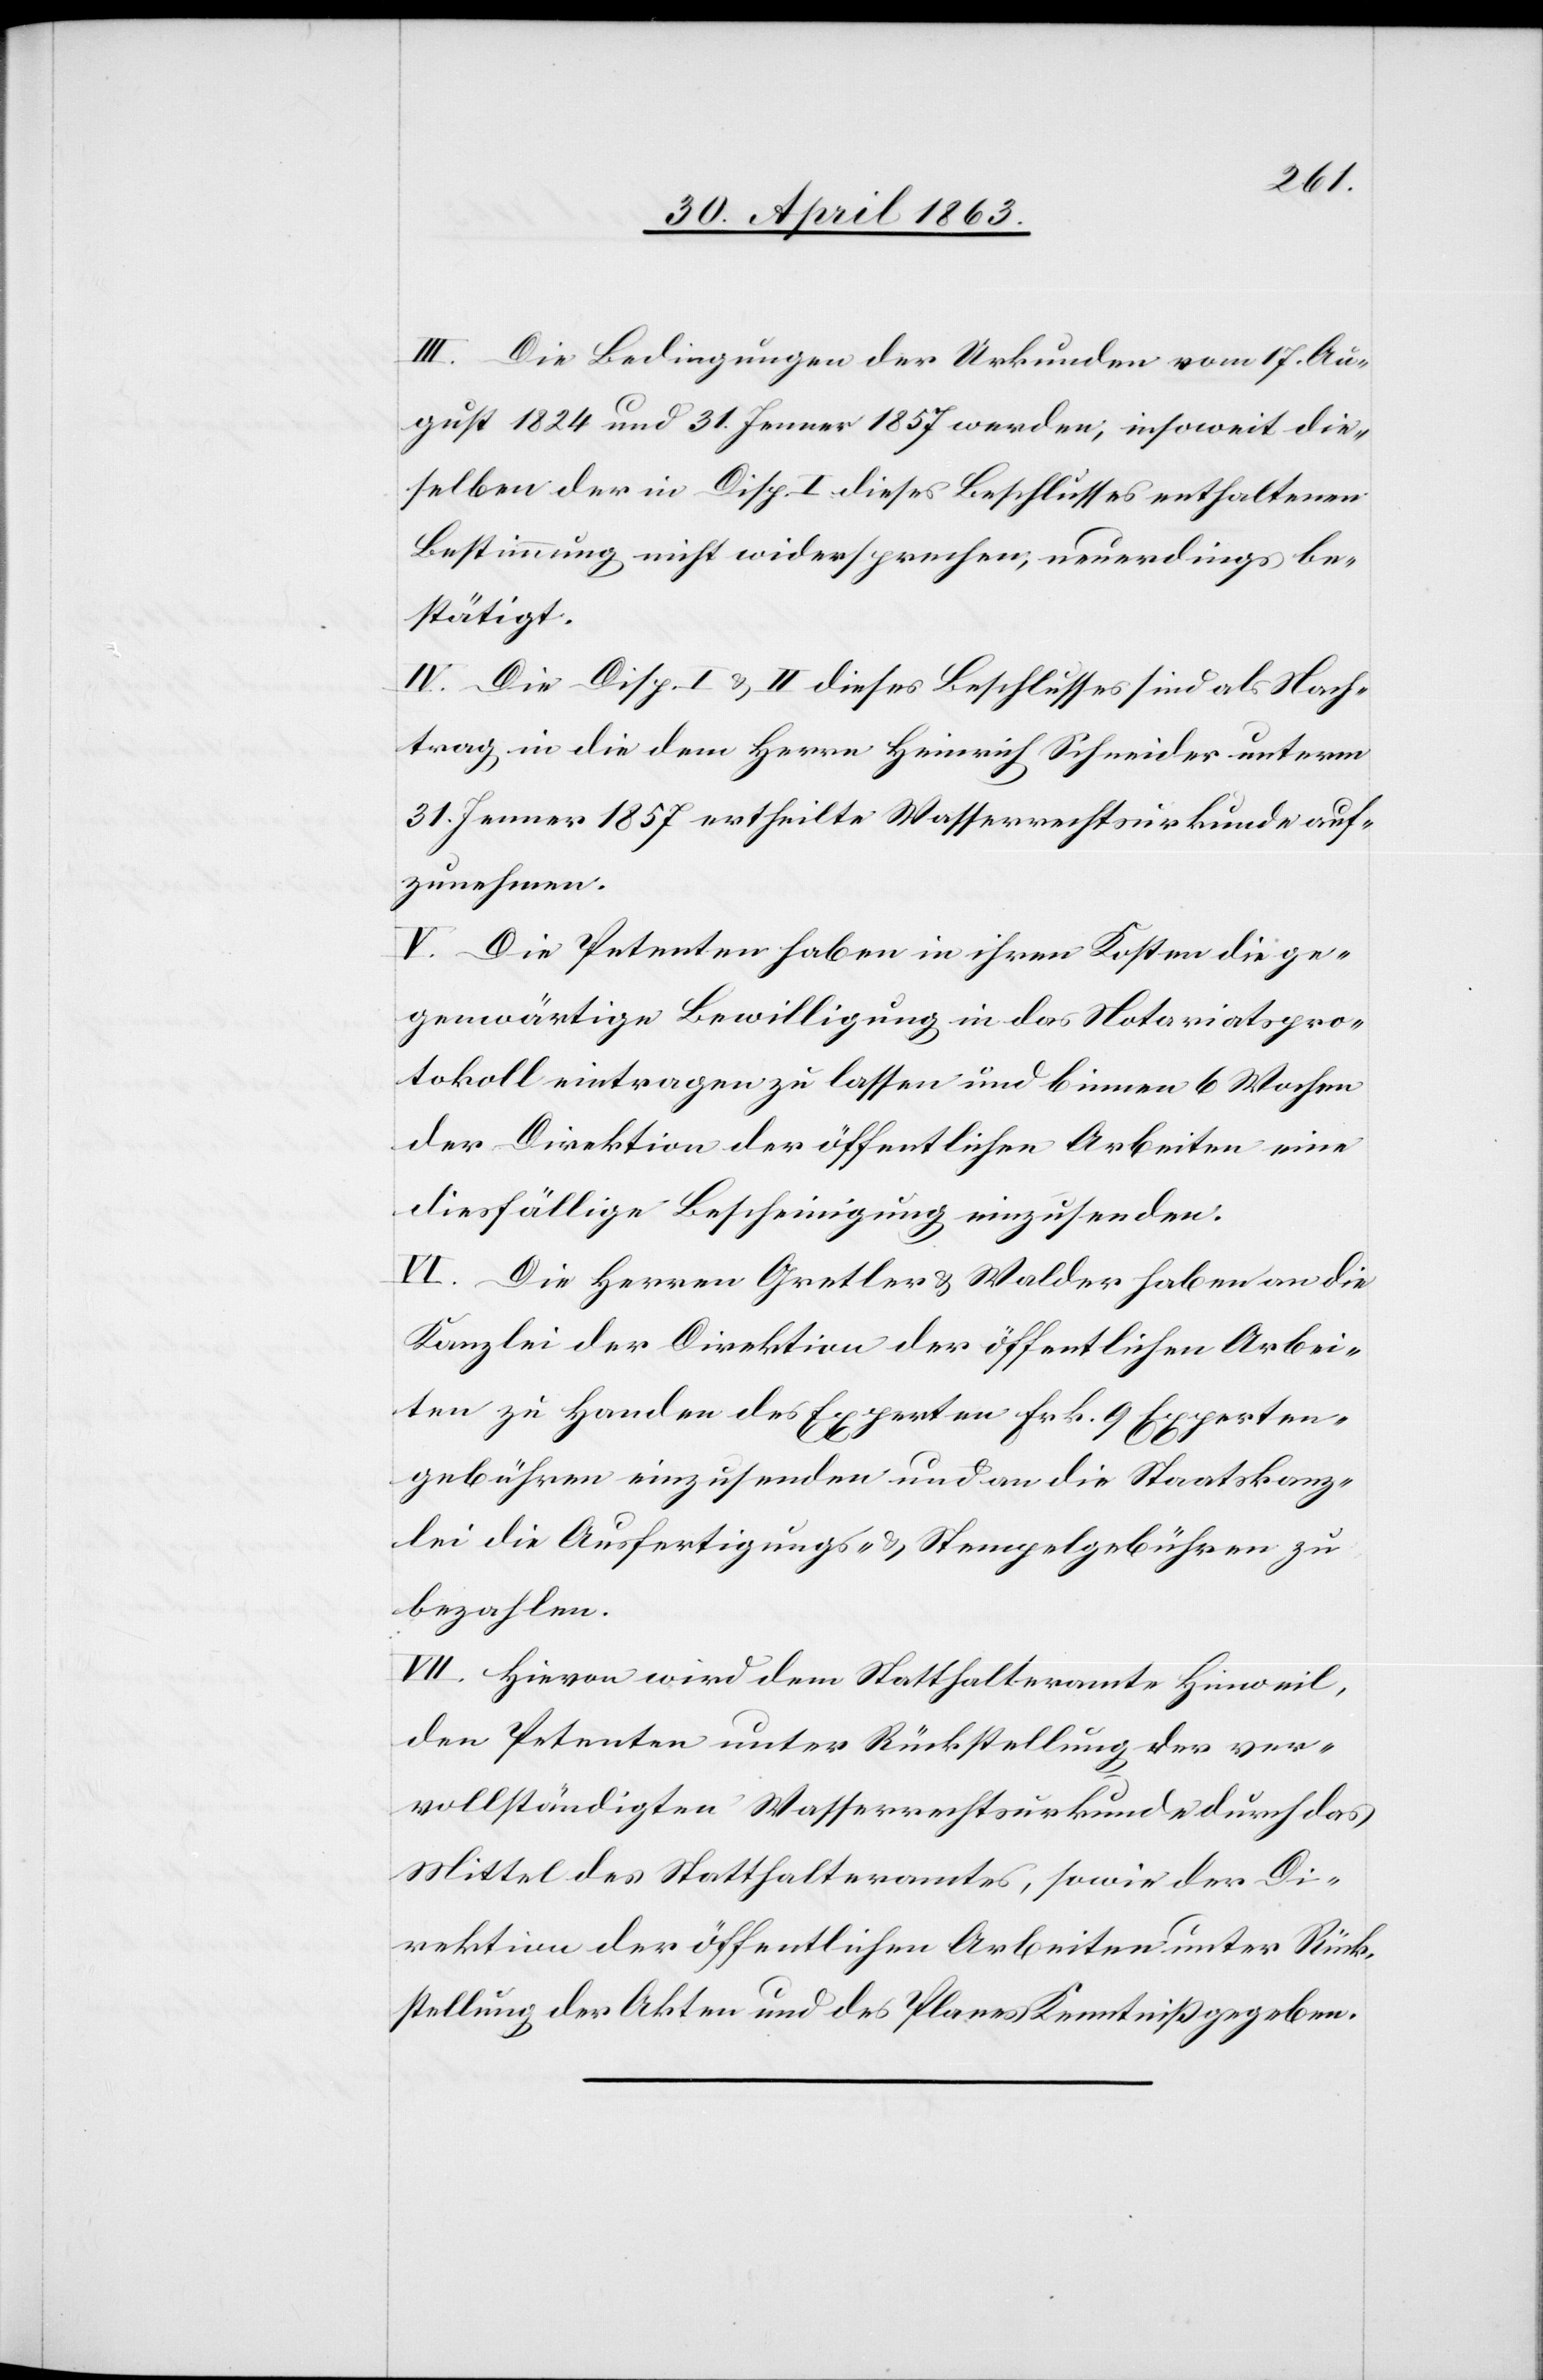
III. Die Bedingungen der Urkunden vom 17. Au¬
gust 1824 und 31. Jenner 1857 werden, insoweit die¬
selben der in Disp. I dieses Beschlusses enthaltenen
Bestimmung nicht widersprechen, neuerdings be¬
stätigt.
IV. Die Disp. I & II dieses Beschlusses sind als Nach¬
trag in die dem Herrn Heinrich Schneider unterm
31. Jenner 1857 ertheilte Wasserrechtsurkunde auf¬
zunehmen.
V. Die Petenten haben in ihren Kosten die ge¬
genwärtige Bewilligung in das Notariatspro¬
tokoll eintragen zu lassen und binnen 6 Wochen
der Direktion der öffentlichen Arbeiten eine
diesfällige Bescheinigung einzusenden.
VI. Die Herren Gretler & Walder haben an die
Kanzlei der Direktion der öffentlichen Arbei¬
ten zu Handen des Experten Frk. 9 Experten¬
gebühren einzusenden und an die Staatskanz¬
lei die Ausfertigungs- & Stempelgebühren zu
bezahlen.
VII. Hievon wird dem Statthalteramte Hinweil,
den Petenten unter Rückstellung der ver¬
vollständigten Wasserrechtsurkunde durch das
Mittel des Statthalteramtes, sowie der Di¬
rektion der öffentlichen Arbeiten unter Rück¬
stellung der Akten und des Planes Kenntniß gegeben.